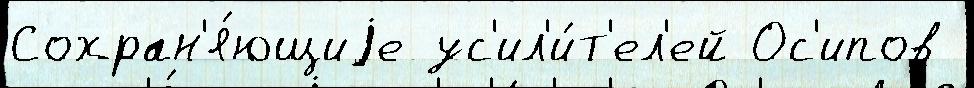
Сохран'я́ющиjе ус'ил'и́т'ел'ей Ос'ипов